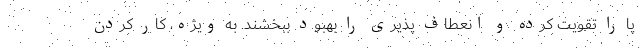
پا را تقویت کرده و انعطاف پذیری را بهبود ببخشند. به ویژه، کار کردن